Civil Veterinary Department ledger series I-VI
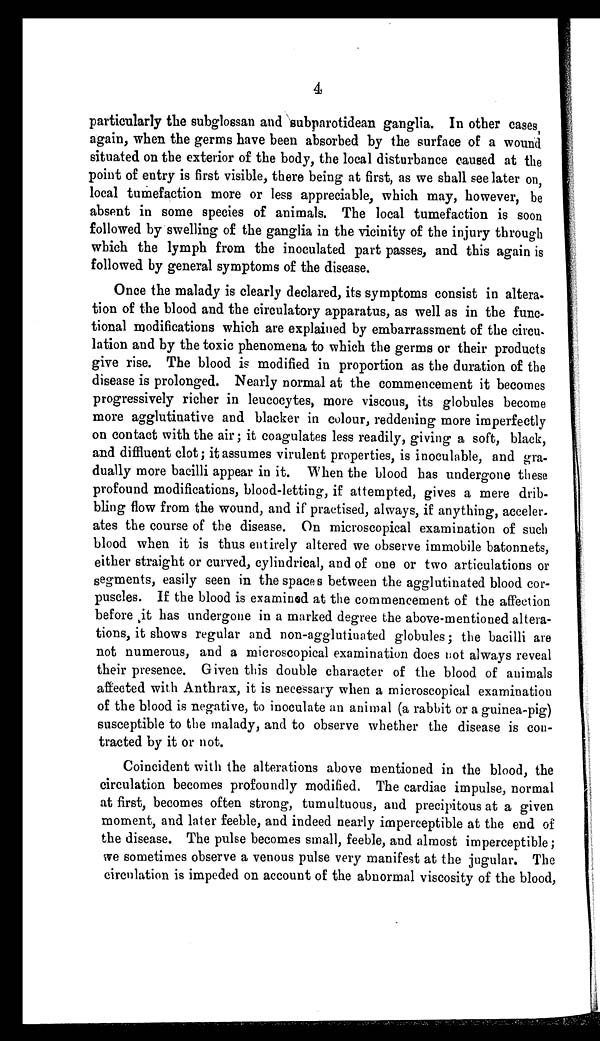
4
particularly the subglossan and subparotidean ganglia. In other cases
again, when the germs have been absorbed by the surface of a wound
situated on the exterior of the body, the local disturbance caused at the
point of entry is first visible, there being at first, as we shall see later on,
local tumefaction more or less appreciable, which may, however, be
absent in some species of animals. The local tumefaction is soon
followed by swelling of the ganglia in the vicinity of the injury through
which the lymph from the inoculated part passes, and this again is
followed by general symptoms of the disease.
Once the malady is clearly declared, its symptoms consist in altera-
tion of the blood and the circulatory apparatus, as well as in the func-
tional modifications which are explained by embarrassment of the circu-
lation and by the toxic phenomena to which the germs or their products
give rise. The blood is modified in proportion as the duration of the
disease is prolonged. Nearly normal at the commencement it becomes
progressively richer in leucocytes, more viscous, its globules become
more agglutinative and blacker in colour, reddening more imperfectly
on contact with the air; it coagulates less readily, giving a soft, black,
and diffluent clot; it assumes virulent properties, is inoculable, and gra-
dually more bacilli appear in it. When the blood has undergone these
profound modifications, blood-letting, if attempted, gives a mere drib-
bling flow from the wound, and if practised, always, if anything, acceler-
ates the course of the disease. On microscopical examination of such
blood when it is thus entirely altered we observe immobile batonnets,
either straight or curved, cylindrical, and of one or two articulations or
segments, easily seen in the spaces between the agglutinated blood cor-
puscles. If the blood is examined at the commencement of the affection
before it has undergone in a marked degree the above-mentioned altera-
tions, it shows regular and non-agglutinated globules; the bacilli are
not numerous, and a microscopical examination does not always reveal
their presence. Given this double character of the blood of animals
affected with Anthrax, it is necessary when a microscopical examination
of the blood is negative, to inoculate an animal (a rabbit or a guinea-pig)
susceptible to the malady, and to observe whether the disease is con-
tracted by it or not.
Coincident with the alterations above mentioned in the blood, the
circulation becomes profoundly modified. The cardiac impulse, normal
at first, becomes often strong, tumultuous, and precipitous at a given
moment, and later feeble, and indeed nearly imperceptible at the end of
the disease. The pulse becomes small, feeble, and almost imperceptible;
we sometimes observe a venous pulse very manifest at the jugular. The
circulation is impeded on account of the abnormal viscosity of the blood,